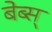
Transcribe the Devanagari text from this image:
बेब्स्